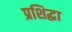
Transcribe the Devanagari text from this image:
प्रशिद्धा